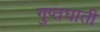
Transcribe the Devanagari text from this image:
गुप्तघाती